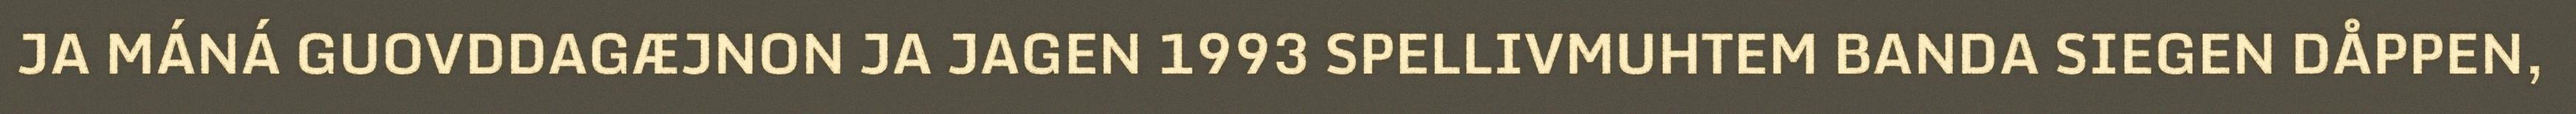
JA MÁNÁ GUOVDDAGÆJNON JA JAGEN 1993 SPELLIVMUHTEM BANDA SIEGEN DÅPPEN,